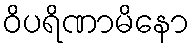
ဝိပရိဏာမိနော